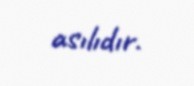
asılıdır.